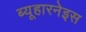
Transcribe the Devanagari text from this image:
ब्यूहारनेइस